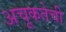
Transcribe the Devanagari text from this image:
अचूकतेची